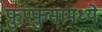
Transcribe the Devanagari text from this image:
फुप्फुसामध्ये